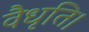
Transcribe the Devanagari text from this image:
वैधृति।